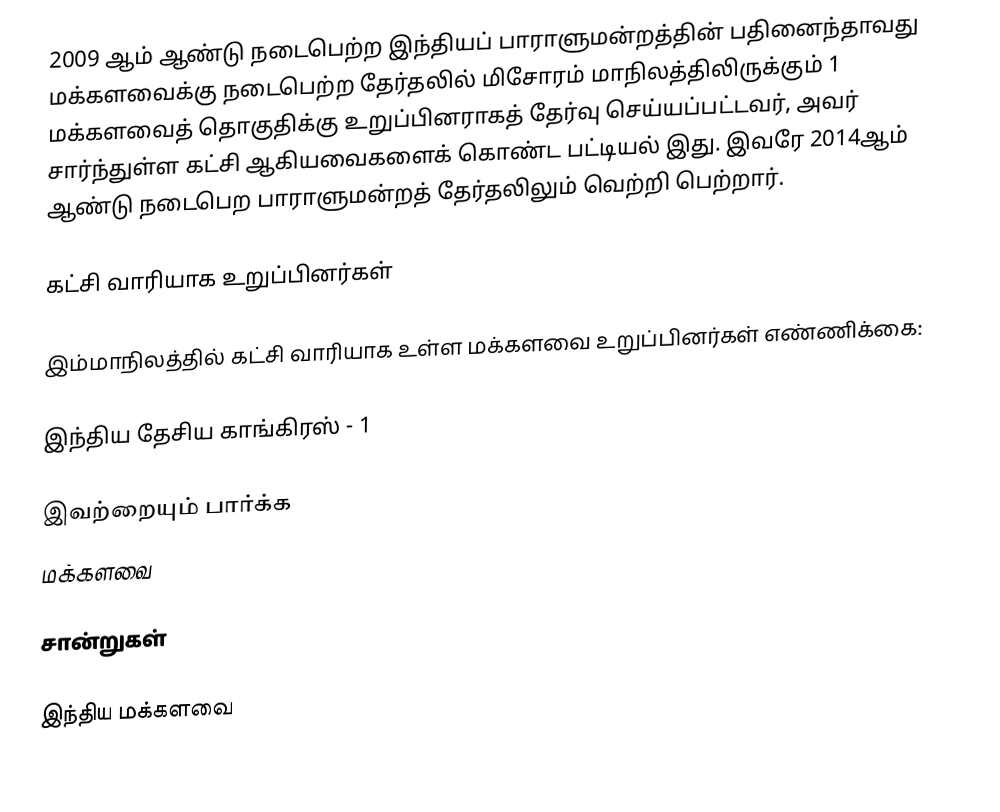
2009 ஆம் ஆண்டு நடைபெற்ற இந்தியப் பாராளுமன்றத்தின் பதினைந்தாவது மக்களவைக்கு நடைபெற்ற தேர்தலில் மிசோரம் மாநிலத்திலிருக்கும் 1 மக்களவைத் தொகுதிக்கு உறுப்பினராகத் தேர்வு செய்யப்பட்டவர், அவர் சார்ந்துள்ள கட்சி ஆகியவைகளைக் கொண்ட பட்டியல் இது. இவரே 2014ஆம் ஆண்டு நடைபெற பாராளுமன்றத் தேர்தலிலும் வெற்றி பெற்றார்.

கட்சி வாரியாக உறுப்பினர்கள்

இம்மாநிலத்தில் கட்சி வாரியாக உள்ள மக்களவை உறுப்பினர்கள் எண்ணிக்கை:

இந்திய தேசிய காங்கிரஸ் - 1

இவற்றையும் பார்க்க
 மக்களவை

சான்றுகள்

இந்திய மக்களவை